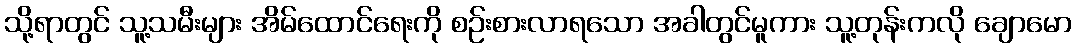
သို့ရာတွင် သူ့သမီးများ အိမ်ထောင်ရေးကို စဉ်းစားလာရသော အခါတွင်မူကား သူ့တုန်းကလို ချောမော